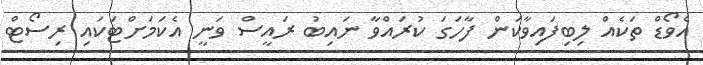
އެވޯޑް ތަކެއް ލިބިފައިވާކަން ފާހަގަ ކުރައްވާ ނައިބު ރައީސް ވަނީ އެކަމަށްޓަކައި ރިސޯޓް